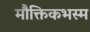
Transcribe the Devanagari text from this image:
मौक्तिकभस्म